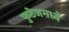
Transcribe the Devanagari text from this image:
फुटेजमध्ये